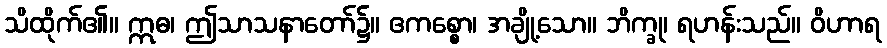
သိထိုက်၏။ ဣဓ၊ ဤသာသနာတော်၌။ ဧကစ္စော၊ အချို့သော။ ဘိက္ခု၊ ရဟန်းသည်။ ဝိဟာရ